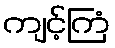
ကျင့်ကြံ